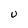
Character: U